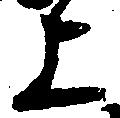
上